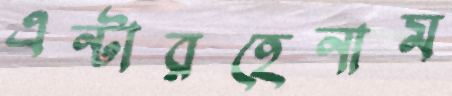
এন্টারহেনাম